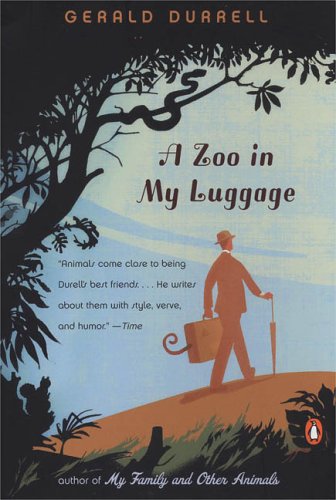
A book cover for A Zoo in My Luggage; Gerald Durrell; Travel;